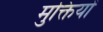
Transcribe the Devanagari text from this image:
मुक्तियों